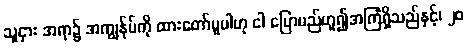
သူငှား အရာ၌ အကျွန်ုပ်ကို ထားတော်မူပါဟု ငါ ပြောမည်ဟူ၍အကြံရှိသည်နှင့်၊ ၂၀